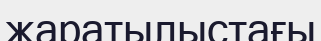
жаратылыстағы